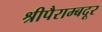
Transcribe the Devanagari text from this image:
श्रीपैराम्बदूर